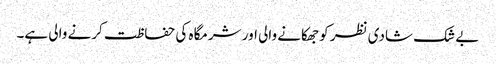
بے شک شادی نظر کو جھکانے والی اور شرمگاہ کی حفاظت کرنے والی ہے۔